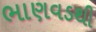
ભાણવડથી